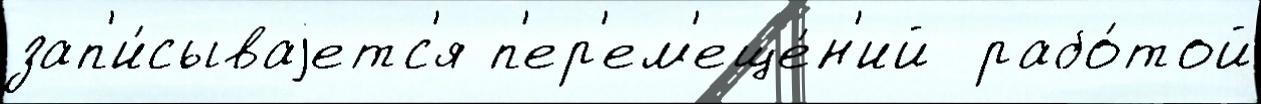
зап'и́сываjетс'я п'ер'ем'еще́н'ий  рабо́той